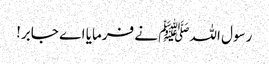
رسول اللہﷺ نے فرمایا اے جابر!